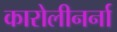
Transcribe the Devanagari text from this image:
कारोलीनर्ना